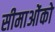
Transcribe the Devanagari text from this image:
सीमाओंको